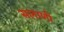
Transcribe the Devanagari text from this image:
सलाणी